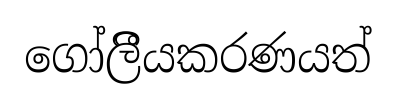
ගෝලීියකරණයත්